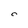
Character: 0